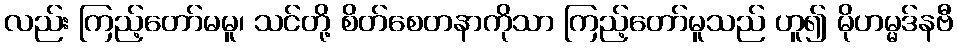
လည်း ကြည့်တော်မမူ၊ သင်တို့ စိတ်စေတနာကိုသာ ကြည့်တော်မူသည် ဟူ၍ မိုဟမ္မဒ်နဗီ